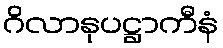
ဂိလာနုပဋ္ဌာကီနံ